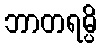
ဘာတရမ္ပိ